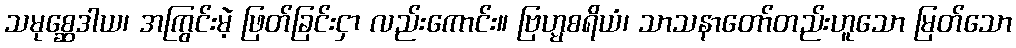
သမုစ္ဆေဒါယ၊ အကြွင်းမဲ့ ဖြတ်ခြင်းငှာ လည်းကောင်း။ ဗြဟ္မစရိယံ၊ သာသနာတော်တည်းဟူသော မြတ်သော